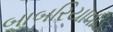
બાબરિયાવાડ